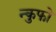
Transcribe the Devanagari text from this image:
न्कुफो